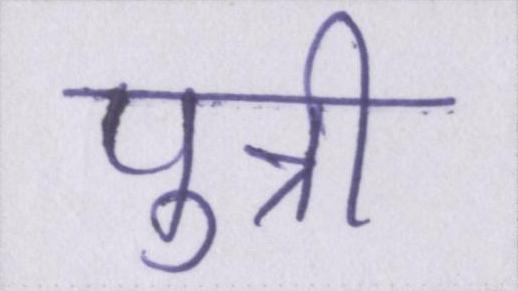
पुत्री